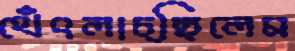
থেঁৎলাচ্ছিলেম